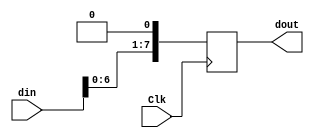
`timescale 1ns / 1ps

module Shift_Register(
    input Clk,
    input [7:0] din,
    output reg [7:0] dout
    );

always@(posedge Clk)
    dout <= (din << 1);
    // dout <= {din[7:1], 1'b0};

endmodule